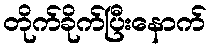
တိုက်ခိုက်ပြီးနောက်